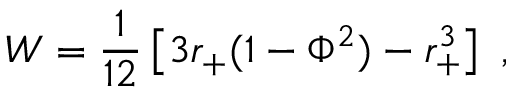
W = { \frac { 1 } { 1 2 } } \left[ 3 r _ { + } ( 1 - \Phi ^ { 2 } ) - r _ { + } ^ { 3 } \right] \ ,